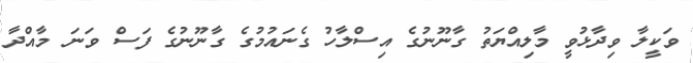
ވަކީލާ ވިދާޅުވީ މާލިއްޔަތު ގާނޫނުގެ އިސްލާހު ގެނައުމުގެ ގާނޫނުގެ ފަސް ވަނަ މާއްދާ